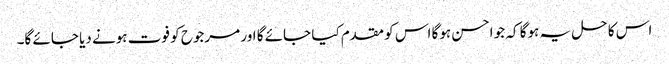
اس کا حل یہ ہوگا کہ جو احسن ہوگا اس کو مقدم کیا جائے گا اور مرجوح کو فوت ہونے دیا جائے گا۔